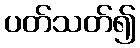
ပတ်သတ်၍